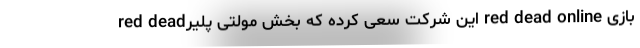
بازی red dead online این شرکت سعی کرده که بخش مولتی پلیرred dead